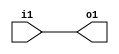
// This program was cloned from: https://github.com/steveicarus/ivtest
// License: GNU General Public License v2.0

module dut1(input wire i1, output reg o1);

always @* o1 = i1;

endmodule

module dut2(input wire i2, output reg o2);

always @* o2 = i2;

endmodule

module test();

wire a, b, c;

dut2 dut2(a, b);
dut1 dut1(b, c);

initial begin
  $list_vars;
end

endmodule